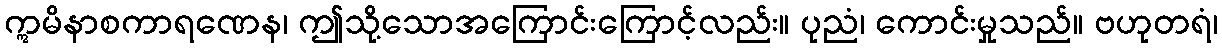
ဣမိနာစကာရဏေန၊ ဤသို့သောအကြောင်းကြောင့်လည်း။ ပုညံ၊ ကောင်းမှုသည်။ ဗဟုတရံ၊